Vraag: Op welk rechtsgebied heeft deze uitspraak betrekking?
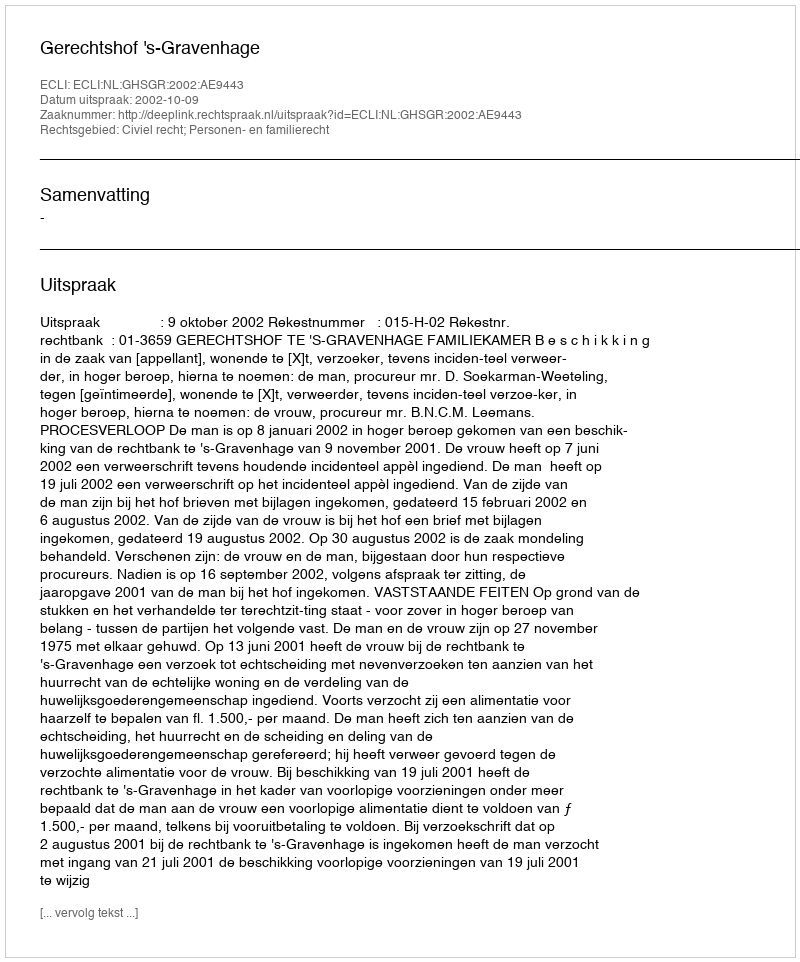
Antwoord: Civiel recht; Personen- en familierecht